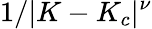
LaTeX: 1/|K-K_{c}|^{\nu}